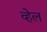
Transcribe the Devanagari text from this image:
व्‍हेल